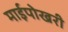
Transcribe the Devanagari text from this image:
माईपोखरी